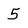
Character: 5